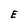
Character: E